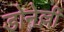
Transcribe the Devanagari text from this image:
डोनेल्ली